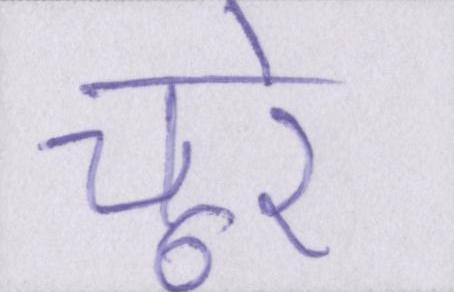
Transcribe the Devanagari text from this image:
चूरे